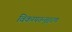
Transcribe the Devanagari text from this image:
विकम्पतन्तुहरण